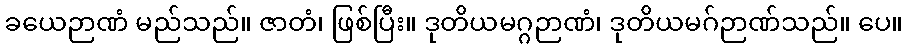
ခယေဉာဏံ မည်သည်။ ဇာတံ၊ ဖြစ်ပြီး။ ဒုတိယမဂ္ဂဉာဏံ၊ ဒုတိယမဂ်ဉာဏ်သည်။ ပေ။